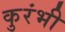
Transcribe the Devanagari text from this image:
कुरंभी